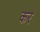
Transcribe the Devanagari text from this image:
कर